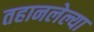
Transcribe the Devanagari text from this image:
तहानलेल्या